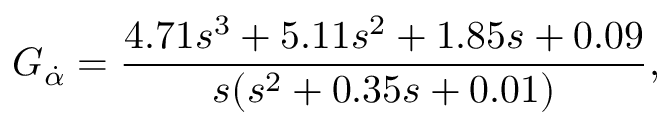
G _ { \dot { \alpha } } = \frac { 4 . 7 1 s ^ { 3 } + 5 . 1 1 s ^ { 2 } + 1 . 8 5 s + 0 . 0 9 } { s ( s ^ { 2 } + 0 . 3 5 s + 0 . 0 1 ) } ,